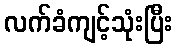
လက်ခံကျင့်သုံးပြီး